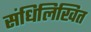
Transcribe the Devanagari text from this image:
संधिलिखित